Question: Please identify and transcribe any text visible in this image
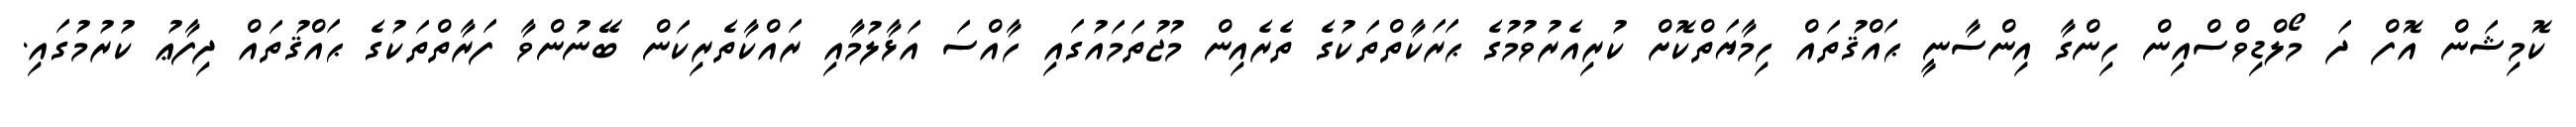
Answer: ކޮމިޝަން އޮފް ދަ މޯލްޑިވްސްއިން ހިންގާ އިންސާނީ ޙައްޤުތައް ހިމާޔަތްކޮށް ކުރިއެރުވުމުގެ ޙަރަކާތްތަކުގެ ތެރެއިން މުޖުތަމައުގައި ހާއްސަ އަޅާލުމާއި ރައްކާތެރިކަން ބޭނުންވާ ފަރާތްތަކުގެ ޙައްޤުތައް ދިފާޢު ކުރުމުގައި.